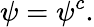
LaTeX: \psi=\psi^{c}.